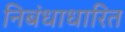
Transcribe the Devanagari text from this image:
निबंधाधारित